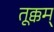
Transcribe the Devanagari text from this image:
तूक्कम्